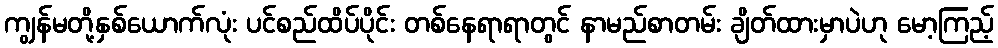
ကျွန်မတို့နှစ်ယောက်လုံး ပင်စည်ထိပ်ပိုင်း တစ်နေရာရာတွင် နာမည်စာတမ်း ချိတ်ထားမှာပဲဟု မော့ကြည့်